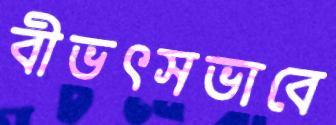
বীভৎসভাবে